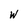
Character: w